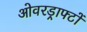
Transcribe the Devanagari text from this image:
ओवरड्राफ्टों